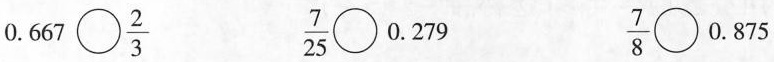
$$0.667\bigcirc \frac{2}{3}$$ $$\frac{7}{25}\bigcirc 0.279$$ $$\frac{7}{8}\bigcirc 0.875$$